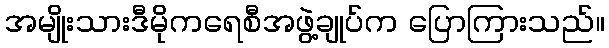
အမျိုးသားဒီမိုကရေစီအဖွဲ့ချုပ်က ပြောကြားသည်။